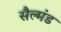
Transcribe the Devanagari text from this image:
सैल्मंड